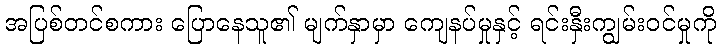
အပြစ်တင်စကား ပြောနေသူ၏ မျက်နှာမှာ ကျေနပ်မှုနှင့် ရင်းနှီးကျွမ်းဝင်မှုကို